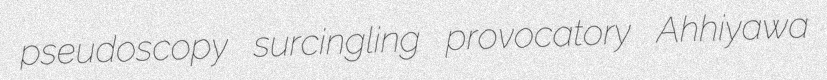
pseudoscopy surcingling provocatory Ahhiyawa